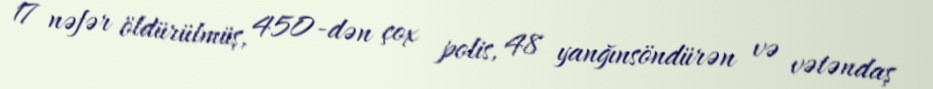
17 nəfər öldürülmüş, 450-dən çox polis, 48 yanğınsöndürən və vətəndaş